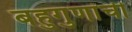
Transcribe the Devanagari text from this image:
बहुगुणांची